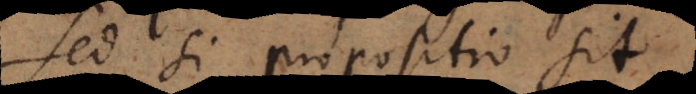
Sed si propositio sit